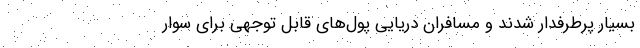
بسیار پرطرفدار شدند و مسافران دریایی پول‌های قابل توجهی برای سوار